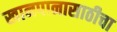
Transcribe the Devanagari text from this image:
खानपानासाठीचा